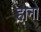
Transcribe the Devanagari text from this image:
हानो